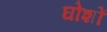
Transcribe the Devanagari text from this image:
घोशों